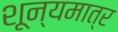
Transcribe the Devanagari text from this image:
शून्यमात्र